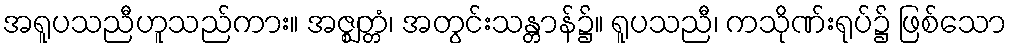
အရူပသညီဟူသည်ကား။ အဇ္ဈတ္တံ၊ အတွင်းသန္တာန်၌။ ရူပသညီ၊ ကသိုဏ်းရုပ်၌ ဖြစ်သော